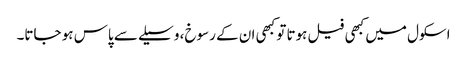
اسکول میں کبھی فیل ہوتا تو کبھی ان کے رسوخ، وسیلے سے پاس ہو جاتا۔